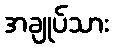
အချုပ်သား